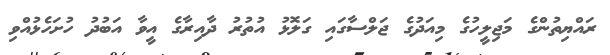
ރައްޔިތުންގެ މަޖިލީހުގެ މިއަދުގެ ޖަލްސާގައި ގަލޮޅު އުތުރު ދާއިރާގެ އީވާ އަބުދު ހުށަހެޅުއްވި